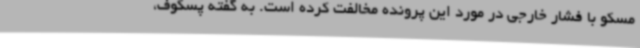
مسکو با فشار خارجی در مورد این پرونده مخالفت کرده است. به گفته پسکوف،